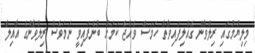
މިލިޔުމުގައި ރިލްވާން ގެއްލިފައިވާތާ ހަމަސް ވެއްޖެ ކަމަށް ބުނެފައިވީ ނަމަވެސް ރިލްވާންގެ އާއިލާ